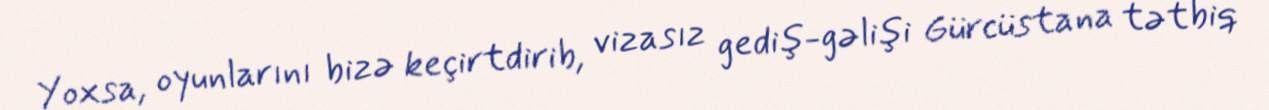
Yoxsa, oyunlarını bizə keçirtdirib, vizasız gediş-gəlişi Gürcüstana tətbiq